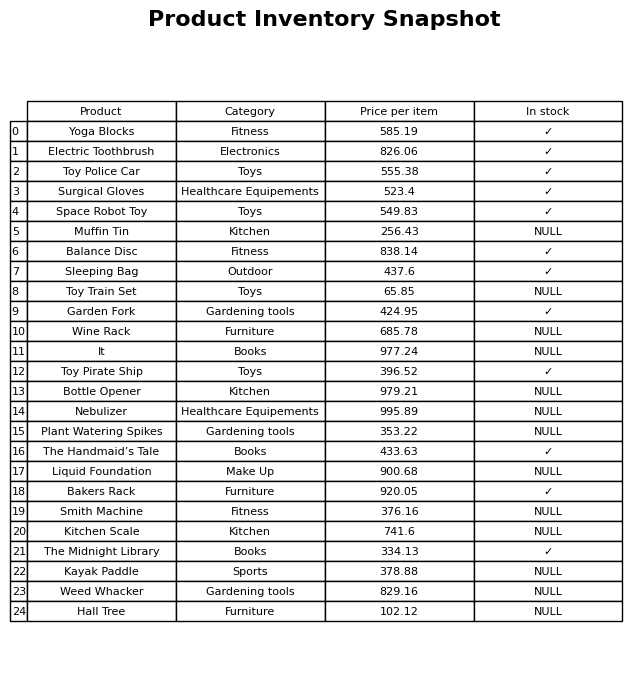
question: Is the Toy Train Set in stock?
answer: NULL